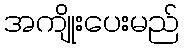
အကျိုးပေးမည်